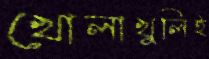
খোলাখুলিই